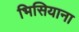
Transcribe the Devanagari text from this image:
भिसियाना